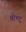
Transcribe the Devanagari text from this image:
श्रीभद्र